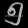
Digit: ၅